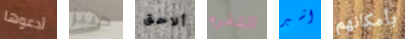
أدعوها جيبز ألاحق الشفره اشير بأمكانهم